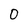
Character: 0